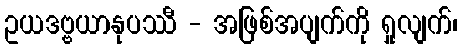
ဥယဒဗ္ဗယာနုပဿီ - အဖြစ်အပျက်ကို ရှုလျက်၊